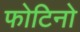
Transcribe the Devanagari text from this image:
फोटिनो